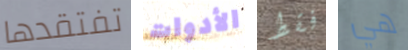
تفتقدها الأدوات فقط هي